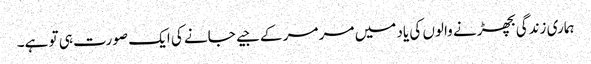
ہماری زندگی بچھڑنے والوں کی یاد میں مر مر کے جیے جانے کی ایک صورت ہی تو ہے۔